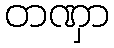
တဏှာ